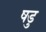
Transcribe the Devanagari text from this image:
षडु